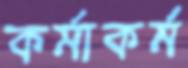
কর্মাকর্ম